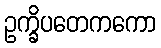
ဥက္ခိပတေကကော